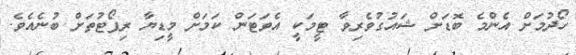
ހޯދުމަށް އެންމެ ބޮޑަށް ޝައުގުވެރިވާ ޓީމަކީ އެވަޓަން ކަމަށް މީޑިޔާ ރިޕޯޓުތަށް ބުނެއެވެ.